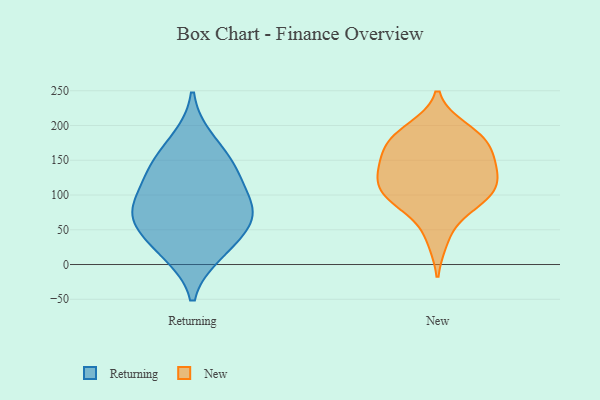
{"axis": {"x": "Population (Million)", "y": "Value"}, "legend": ["New", "Returning"], "data": [{"x": "", "y": 65, "type": "Returning"}, {"x": "", "y": 180, "type": "Returning"}, {"x": "", "y": 16, "type": "Returning"}, {"x": "", "y": 140, "type": "Returning"}, {"x": "", "y": 81, "type": "Returning"}, {"x": "", "y": 70, "type": "Returning"}, {"x": "", "y": 92, "type": "Returning"}, {"x": "", "y": 123, "type": "Returning"}, {"x": "", "y": 58, "type": "Returning"}, {"x": "", "y": 143, "type": "Returning"}, {"x": "", "y": 23, "type": "Returning"}, {"x": "", "y": 91, "type": "New"}, {"x": "", "y": 140, "type": "New"}, {"x": "", "y": 99, "type": "New"}, {"x": "", "y": 147, "type": "New"}, {"x": "", "y": 124, "type": "New"}, {"x": "", "y": 195, "type": "New"}, {"x": "", "y": 109, "type": "New"}, {"x": "", "y": 146, "type": "New"}, {"x": "", "y": 177, "type": "New"}, {"x": "", "y": 121, "type": "New"}, {"x": "", "y": 103, "type": "New"}, {"x": "", "y": 80, "type": "New"}, {"x": "", "y": 36, "type": "New"}, {"x": "", "y": 187, "type": "New"}, {"x": "", "y": 181, "type": "New"}, {"x": "", "y": 166, "type": "New"}]}